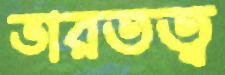
ভারতত্ব